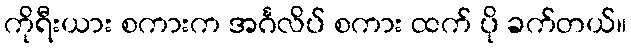
ကိုရီးယား စကားက အင်္ဂလိပ် စကား ထက် ပို ခက်တယ်။